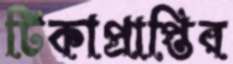
টিকাপ্রাপ্তির